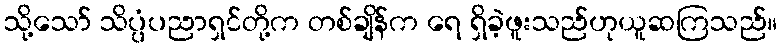
သို့သော် သိပ္ပံပညာရှင်တို့က တစ်ချိန်က ရေ ရှိခဲ့ဖူးသည်ဟုယူဆကြသည်။